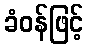
ခံဝန်ဖြင့်